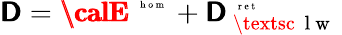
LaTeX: \pmb{{\cal\mathsf{D}}}=\pmb{{\calE}}^{\mathrm{{~\tiny~{~h~o~m~}~}}}+{\pmb{{\cal\mathsf{D}}}}_{\mathrm{{~\textsc{~}{~l~w~}~}}}^{\mathrm{{~\tiny~{~r~e~t~}~}}}